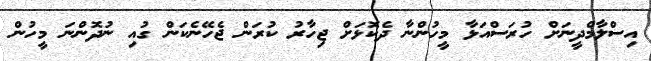
އިސްލާމްދީނަށް ހުރަސްއަޅާ މީހުންނާ ދެކޮޅަށް ޖިހާރު ކުރަން ޖެހޭނެކަން ގުއި ނުދޮންނަ މީހުން